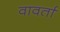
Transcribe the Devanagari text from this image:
वावर्ता